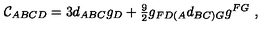
{ \cal C } _ { A B C D } = 3 d _ { A B C } g _ { D } + \textstyle { \frac { 9 } { 2 } } g _ { F D ( A } d _ { B C ) G } g ^ { F G } \ ,